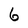
Character: 6